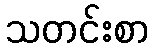
သတင်းစာ